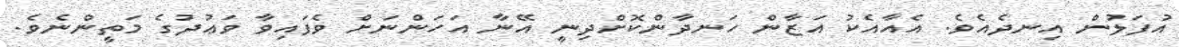
އުފަލުން އިނދެއެވެ. އެއާއެކު އަޒާން ހަނދާންކޮށްދިނީ އޭނާ އަހަންނަށް ވެފައިވާ ވަޢުދުގެ މަތީންނެވެ.